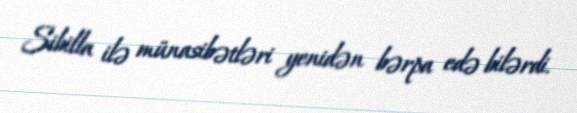
Sibilla ilə münasibətləri yenidən bərpa edə bilərdi.